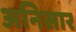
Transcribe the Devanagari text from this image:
अनिसार